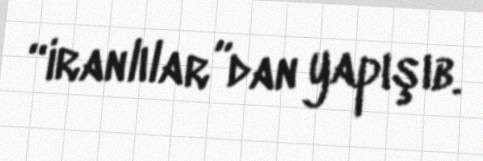
“iranlılar”dan yapışıb.